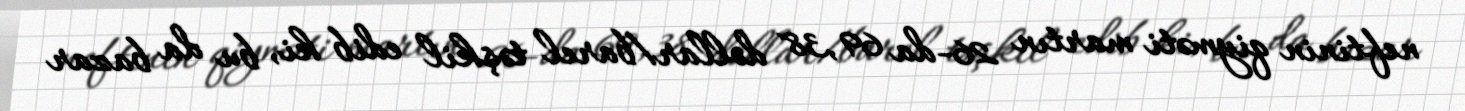
neftinin qiyməti martın 26-da 69,38 dollar/barel təşkil edib ki, bu da bazar